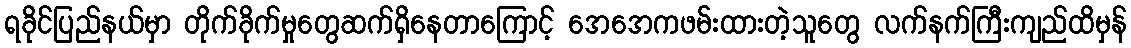
ရခိုင်ပြည်နယ်မှာ တိုက်ခိုက်မှုတွေဆက်ရှိနေတာကြောင့် အေအေကဖမ်းထားတဲ့သူတွေ လက်နက်ကြီးကျည်ထိမှန်